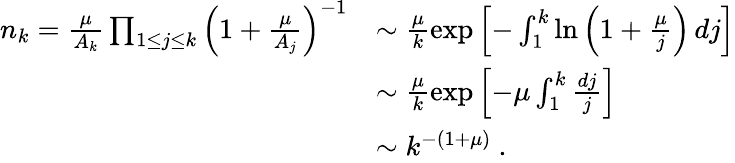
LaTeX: \begin{array}{rl}{n_{k}=\frac{\mu}{A_{k}}\prod_{1\leq j\leq k}\left(1+\frac{\mu}{A_{j}}\right)^{-1}}&{\sim\frac{\mu}{k}\exp\left[-\int_{1}^{k}\ln\left(1+\frac{\mu}{j}\right)\, dj\right]}\\ &{\sim\frac{\mu}{k}\exp\left[-\mu\int_{1}^{k}\frac{dj}{j}\right]}\\ &{\sim k^{-(1+\mu)}~.}\end{array}